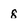
Character: 8